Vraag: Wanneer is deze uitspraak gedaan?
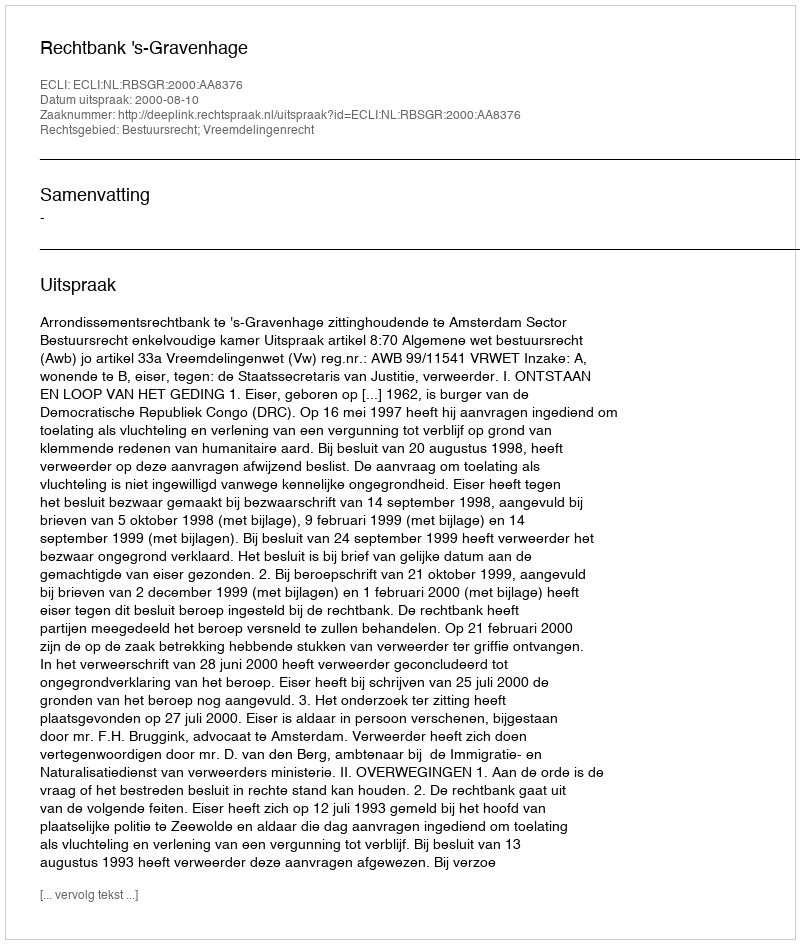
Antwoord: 2000-08-10